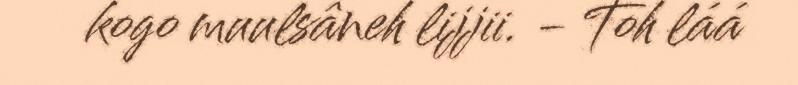
kogo muulsâneh lijjii. - Toh láá